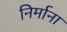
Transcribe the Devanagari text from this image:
निर्माना